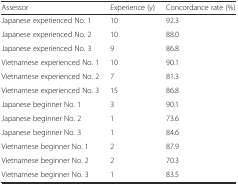
<table><thead><tr><td><b>Assessor</b></td><td><b>Experience (y)</b></td><td><b>Concordance rate (%)</b></td></tr></thead><tbody><tr><td>Japanese experienced No. 1</td><td>10</td><td>92.3</td></tr><tr><td>Japanese experienced No. 2</td><td>10</td><td>88.0</td></tr><tr><td>Japanese experienced No. 3</td><td>9</td><td>86.8</td></tr><tr><td>Vietnamese experienced No. 1</td><td>10</td><td>90.1</td></tr><tr><td>Vietnamese experienced No. 2</td><td>7</td><td>81.3</td></tr><tr><td>Vietnamese experienced No. 3</td><td>15</td><td>86.8</td></tr><tr><td>Japanese beginner No. 1</td><td>3</td><td>90.1</td></tr><tr><td>Japanese beginner No. 2</td><td>1</td><td>73.6</td></tr><tr><td>Japanese beginner No. 3</td><td>1</td><td>84.6</td></tr><tr><td>Vietnamese beginner No. 1</td><td>2</td><td>87.9</td></tr><tr><td>Vietnamese beginner No. 2</td><td>2</td><td>70.3</td></tr><tr><td>Vietnamese beginner No. 3</td><td>1</td><td>83.5</td></tr></tbody></table>